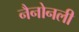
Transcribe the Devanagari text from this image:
नैनोनली